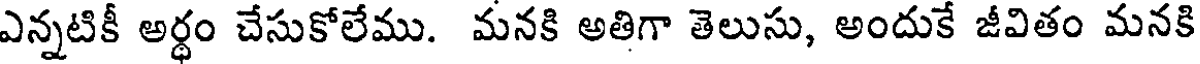
ఎన్నటికీ అర్ధం చేసుకోలేము. మనకి అతిగా తెలుసు, అందుకే జీవితం మనకి